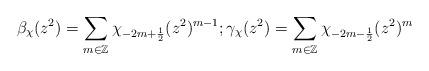
LaTeX: \begin{align*}\beta_\chi (z^2) =\sum_{m\in \mathbb{Z}} \chi_{-2m+\frac{1}{2}}(z^2)^{m-1}; \gamma_\chi (z^2) =\sum_{m\in \mathbb{Z}} \chi_{-2m-\frac{1}{2}}(z^2)^{m}\end{align*}